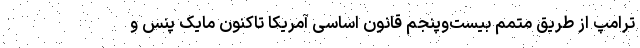
ترامپ از طریق متمم بیست‌وپنجم قانون اساسی آمریکا تاکنون مایک پنس و